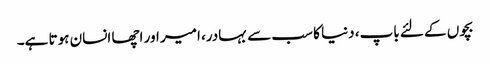
بچوں کے لئے باپ، دنیا کا سب سے بہادر، امیر اور اچھا انسان ہوتا ہے۔